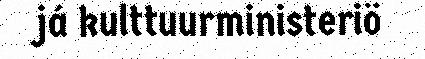
já kulttuurministeriö